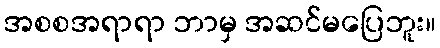
အစစအရာရာ ဘာမှ အဆင်မပြေဘူး။